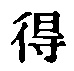
得